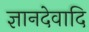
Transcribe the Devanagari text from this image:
ज्ञानदेवादि